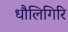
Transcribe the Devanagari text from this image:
धौलिगिरि